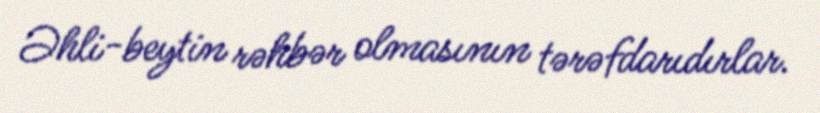
Əhli-beytin rəhbər olmasının tərəfdarıdırlar.